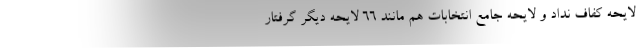
لایحه کفاف نداد و لایحه جامع انتخابات هم مانند ۶۶ لایحه دیگر گرفتار